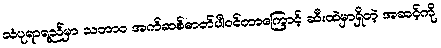
သံပုရာရည်မှာ သဘာ၀ အက်ဆစ်ဓာတ်ပါဝင်တာကြောင့် ဆီးထဲမှာရှိတဲ့ အဆင့်ကို